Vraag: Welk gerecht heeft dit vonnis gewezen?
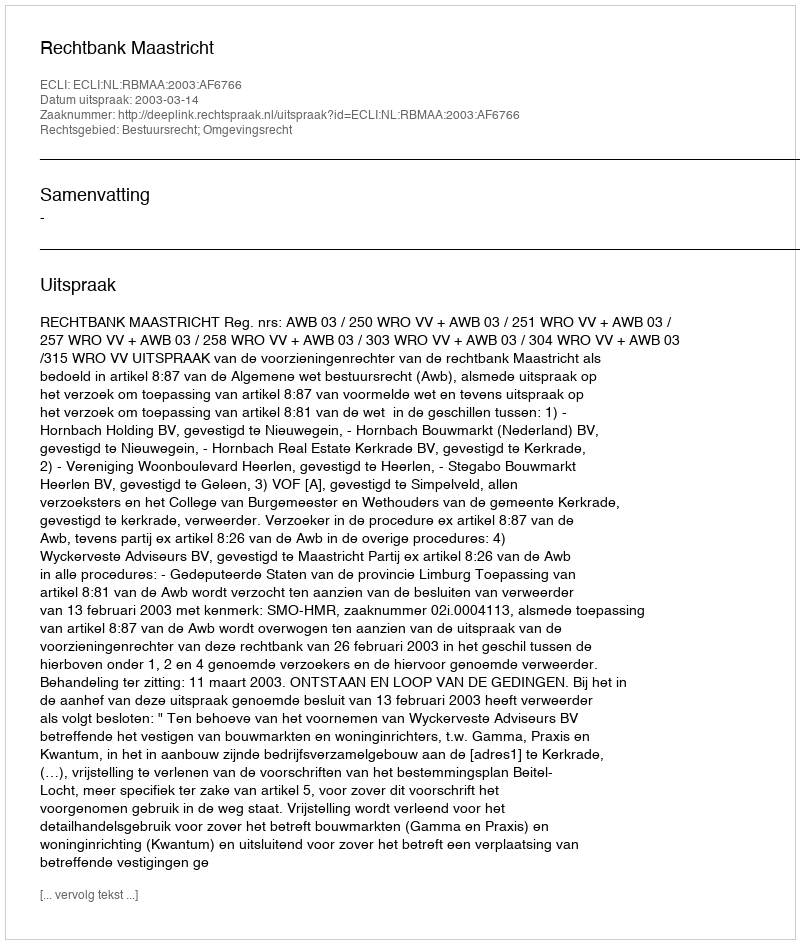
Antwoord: Rechtbank Maastricht